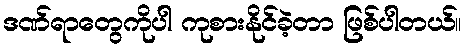
ဒဏ်ရာတွေကိုပါ ကုစားနိုင်ခဲ့တာ ဖြစ်ပါတယ်။